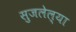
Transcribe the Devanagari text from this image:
सुजलेल्या